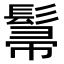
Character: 𮫌